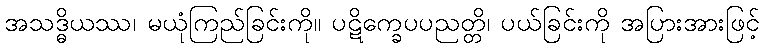
အသဒ္ဓိယဿ၊ မယုံကြည်ခြင်းကို။ ပဋိက္ခေပပညတ္တိ၊ ပယ်ခြင်းကို အပြားအားဖြင့်